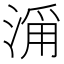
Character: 𣹄